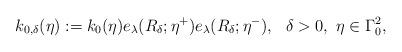
LaTeX: \begin{align*} k_{0,\delta}(\eta) := k_0(\eta)e_{\lambda}(R_{\delta};\eta^+)e_{\lambda}(R_{\delta};\eta^-), \ \ \delta > 0, \ \eta \in \Gamma_0^2,\end{align*}